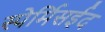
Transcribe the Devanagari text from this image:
स्पेर्मिसईद